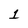
Character: 1